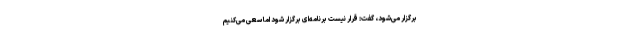
برگزار می‌شود، گفت: قرار نیست برنامه‌ای برگزار شود اما سعی می‌کنیم